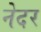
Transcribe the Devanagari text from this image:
नेदर